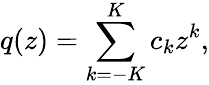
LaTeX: q(z)=\sum_{k=-K}^{K}c_{k}z^{k},